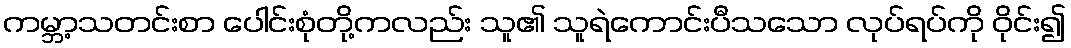
ကမ္ဘာ့သတင်းစာ ပေါင်းစုံတို့ကလည်း သူ၏ သူရဲကောင်းပီသသော လုပ်ရပ်ကို ဝိုင်း၍